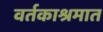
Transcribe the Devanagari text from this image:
वर्तकाश्रमात